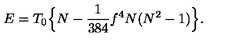
E = T _ { 0 } \Bigl \{ N - \frac { 1 } { 3 8 4 } f ^ { 4 } N ( N ^ { 2 } - 1 ) \Bigr \} .